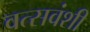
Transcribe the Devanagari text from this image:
वत्सवंशी